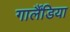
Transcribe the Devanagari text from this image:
गार्लैंडिया